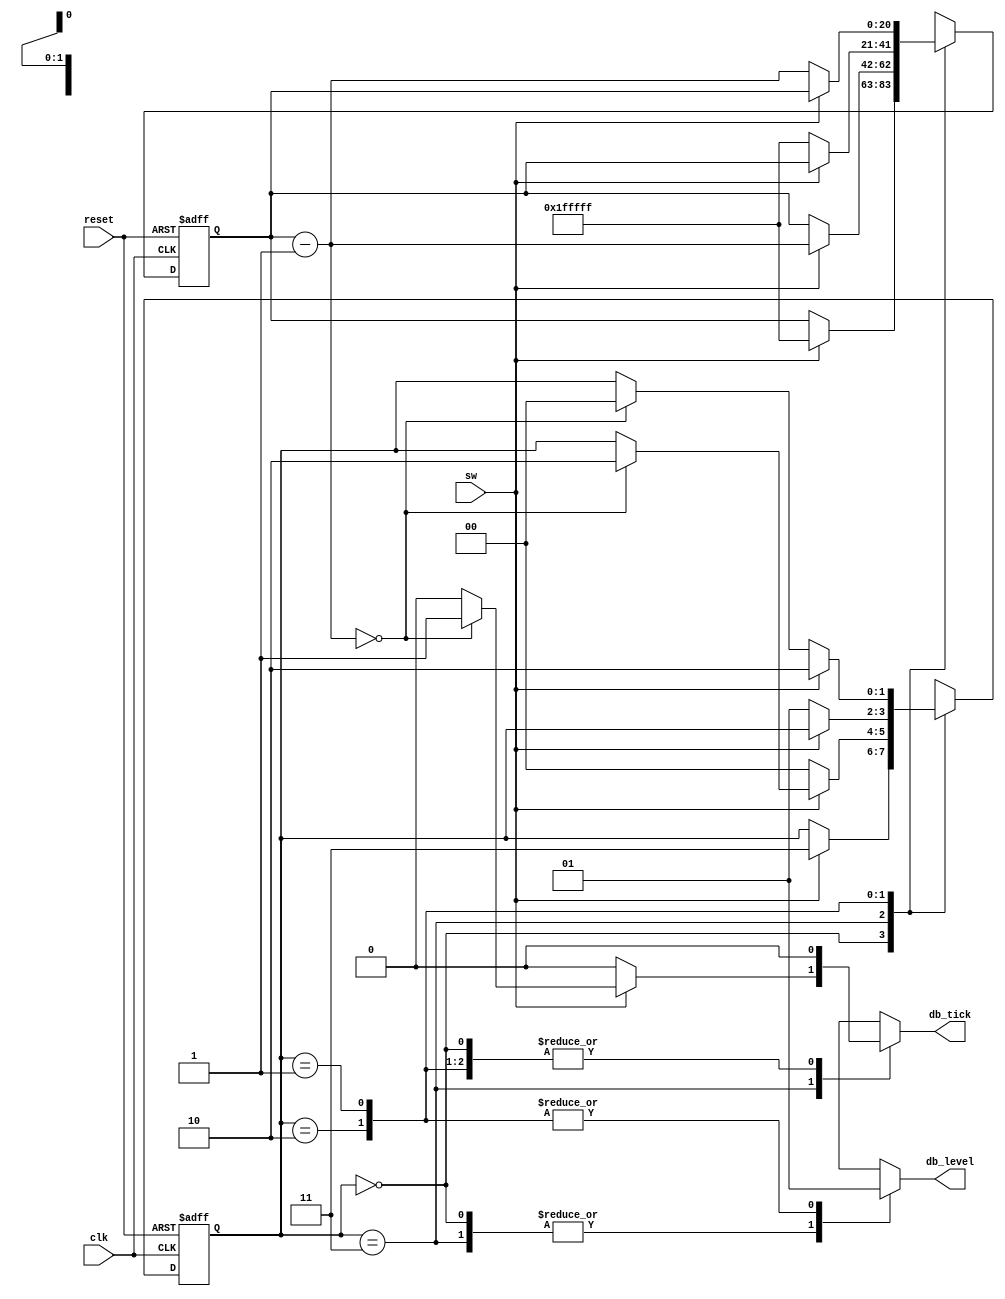
// This program was cloned from: https://github.com/FPGADude/Digital-Design
// License: GNU General Public License v3.0

`timescale 1ns / 1ps

// From the book "FPGA Prototyping by Verilog Examples"
//					"Xilinx Spartan-3 Version"
// Authored by: Dr. Pong P. Chu
// Published by: Wiley, 2008
// Debouncing circuit with implicit data path component
// page 148, Listing 6.2

module debounce_chu(
	input clk,
	input reset,
	input sw,
	output reg db_level, db_tick
	);
	
	// symbolic state declaration
	parameter [1:0] 
				zero  = 2'b00,
				wait0 = 2'b01,
				one   = 2'b10,
				wait1 = 2'b11;
				
	// number of counter bits
	parameter N = 21;
	
	// signal declaration
	reg [N-1:0] q_reg, q_next;
	reg [1:0] state_reg, state_next;
	
	// body
	// fsmd state & data registers
	always @(posedge clk or posedge reset)
		if(reset)
			begin
				state_reg <= zero;
				q_reg <= 0;
			end
		else
			begin
				state_reg <= state_next;
				q_reg <= q_next;
			end
	
	// next-state logic & data path functional units/routing
	always @*
	begin
		state_next = state_reg;
		q_next = q_reg;
		db_tick = 1'b0;
		case(state_reg)
			
			zero : 
				begin
					db_level = 1'b0;
					if(sw)
						begin
							state_next = wait1;
							q_next = {N{1'b1}};	// load all 1's
						end
				end
			
			wait1 :
				begin
					db_level = 1'b0;
					if(sw)
						begin
							
							q_next = q_reg - 1;
							if(q_next == 0)
								begin
									state_next = one;
									db_tick = 1'b1;
								end
						end
					else	// sw == 0
						state_next = zero;
				end
			
			one :
				begin
					db_level = 1'b1;
					if(~sw)
						begin
							state_next = wait0;
							q_next = {N{1'b1}};		// load all 1's
						end
				end		
	
			wait0 :
				begin
					db_level = 1'b1;
					if(~sw)
						begin
							q_next = q_reg - 1;
							if(q_next == 0)
								state_next = zero;
						end
					else 	// sw == 1
						state_next = one;
				end
				
			default : state_next = zero;
		endcase
	end
endmodule